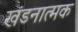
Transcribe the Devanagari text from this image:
खंडनात्मक